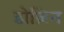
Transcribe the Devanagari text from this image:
डोज़िन